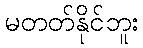
မတတ်နိုင်ဘူး